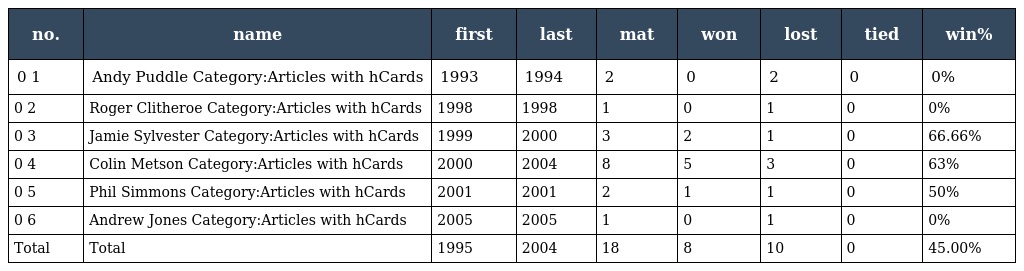
| no. | name | first | last | mat | won | lost | tied | win% |
 | --- | --- | --- | --- | --- | --- | --- | --- | --- |
 | 0 1 | Andy Puddle Category:Articles with hCards | 1993 | 1994 | 2 | 0 | 2 | 0 | 0% |
 | 0 2 | Roger Clitheroe Category:Articles with hCards | 1998 | 1998 | 1 | 0 | 1 | 0 | 0% |
 | 0 3 | Jamie Sylvester Category:Articles with hCards | 1999 | 2000 | 3 | 2 | 1 | 0 | 66.66% |
 | 0 4 | Colin Metson Category:Articles with hCards | 2000 | 2004 | 8 | 5 | 3 | 0 | 63% |
 | 0 5 | Phil Simmons Category:Articles with hCards | 2001 | 2001 | 2 | 1 | 1 | 0 | 50% |
 | 0 6 | Andrew Jones Category:Articles with hCards | 2005 | 2005 | 1 | 0 | 1 | 0 | 0% |
 | Total | Total | 1995 | 2004 | 18 | 8 | 10 | 0 | 45.00% |